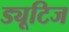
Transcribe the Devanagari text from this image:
ड्यूटिज